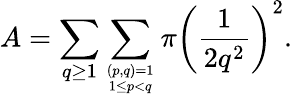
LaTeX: A=\sum_{q\geq 1}\sum_{(p,q)=1\atop 1\leq p<q}\pi\left({\frac{1}{2q^{2}}}\right)^{2}.